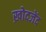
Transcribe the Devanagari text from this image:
ख़ोदजेंद